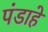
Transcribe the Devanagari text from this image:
पंडाहे